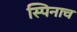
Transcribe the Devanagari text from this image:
स्पिनाच